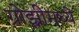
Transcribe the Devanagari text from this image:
ग्रोझ्नीमध्ये